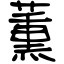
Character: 薫